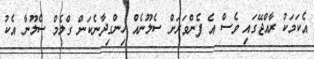
އެކަމަކު ރާއްޖޭގައި ވެސް އެ ފެންވަރަށް ސެލޫނެއް ހިންގިދާނެކަން ގްލެމް ސެލޫނާ އެކު